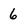
Character: 6